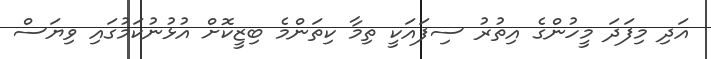
އަދި މިފަދަ މީހުންގެ އިތުރު ސިފައަކީ ތިމާ ކިތަންމެ ބިޒީކޮށް އުޅުނުކަމުގައި ވިޔަސް